Indian journal of veterinary science and animal husbandry - Volumes 24-25, 1954-1955
Year: 1954
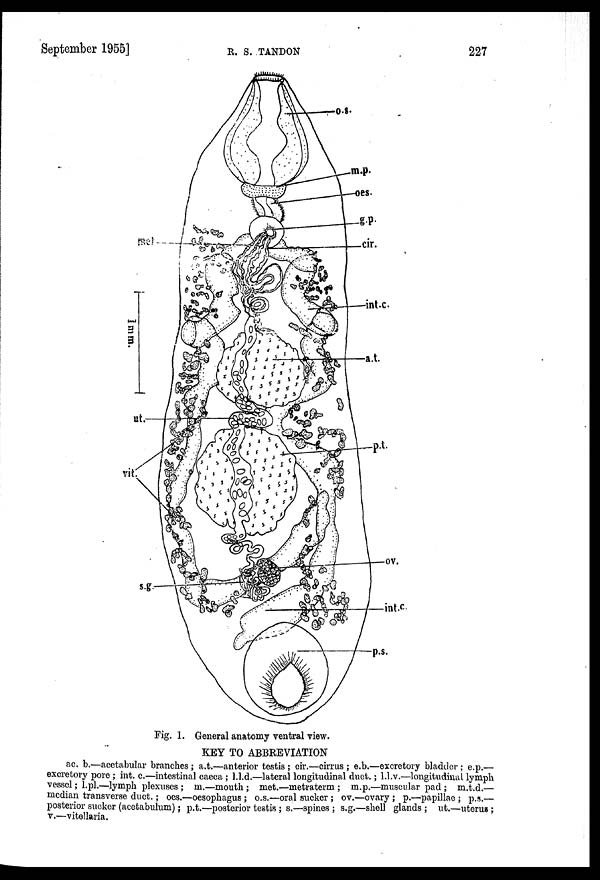
September 1955]
R.
S.
TANDON
227
Fig. 1. General anatomy ventral view.
KEY TO ABBREVIATION
ac. b.—acetabular branches; a.t.—anterior testis; cir.—cirrus; e.b.—excretory bladder; e.p.—
excretory pore; int. c.—intestinal caeca; l.l.d.—lateral longitudinal duct.; l.l.v.—longitudinal lymph
vessel; l.pl.—lymph plexuses; m.—mouth; met.—metraterm; m.p.—muscular pad; m.t.d.—
median transverse duct.; oes.—oesophagus; o.s.—oral sucker; ov.—ovary; p.—papillae; p.s.—
posterior sucker (acetabulum); p.t.—posterior testis; s.—spines; s.g.—shell glands; ut.—uterus;
v.—vitellaria.